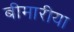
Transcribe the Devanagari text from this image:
बीमारीया